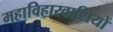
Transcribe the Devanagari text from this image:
महाविहारवासियों